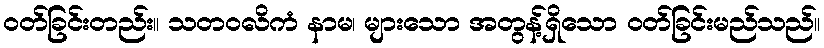
ဝတ်ခြင်းတည်း။ သတဝလိကံ နာမ၊ များသော အတွန့်ရှိသော ဝတ်ခြင်းမည်သည်။